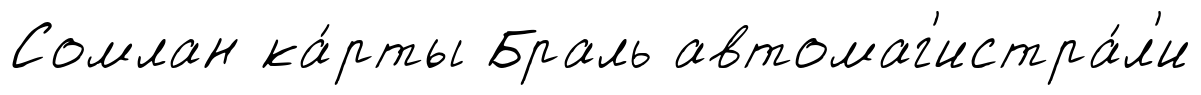
Сомлан ка́рты Браль автомаг'истра́л'и